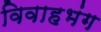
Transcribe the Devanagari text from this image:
विवाहभंग